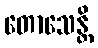
တောသေန္တိ